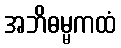
အဘိဓမ္မကထံ